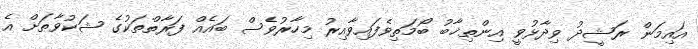
އައިމަން ރަޝީދު ވިދާޅުވީ އިންތިޚާބު ބޯމަތިވެފައިވާއިރު މިހާރުވެސް ބައެއް ފަރާތްތަކުގެ ޝަކުވާތަށް އެ